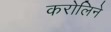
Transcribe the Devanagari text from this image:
करोलिने